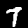
Digit: 7